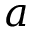
a